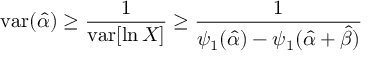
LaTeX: \mathrm { v a r } ( { \hat { \alpha } } ) \geq { \frac { 1 } { \operatorname { v a r } [ \ln X ] } } \geq { \frac { 1 } { \psi _ { 1 } ( { \hat { \alpha } } ) - \psi _ { 1 } ( { \hat { \alpha } } + { \hat { \beta } } ) } }